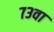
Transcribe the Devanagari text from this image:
७३वा